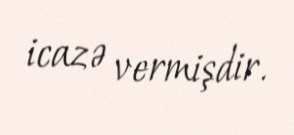
icazə vermişdir.